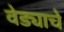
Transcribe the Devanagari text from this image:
वेड्याचे